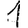
Digit: 1